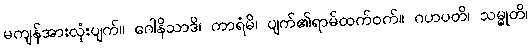
မကျန်အားလုံးပျက်။ ဂေါနိသာဒိ၊ ကာရံမိ၊ ပျက်၏ရာမ်ထက်ဝက်။ ဂဟပတိ၊ သမ္မုတိ၊